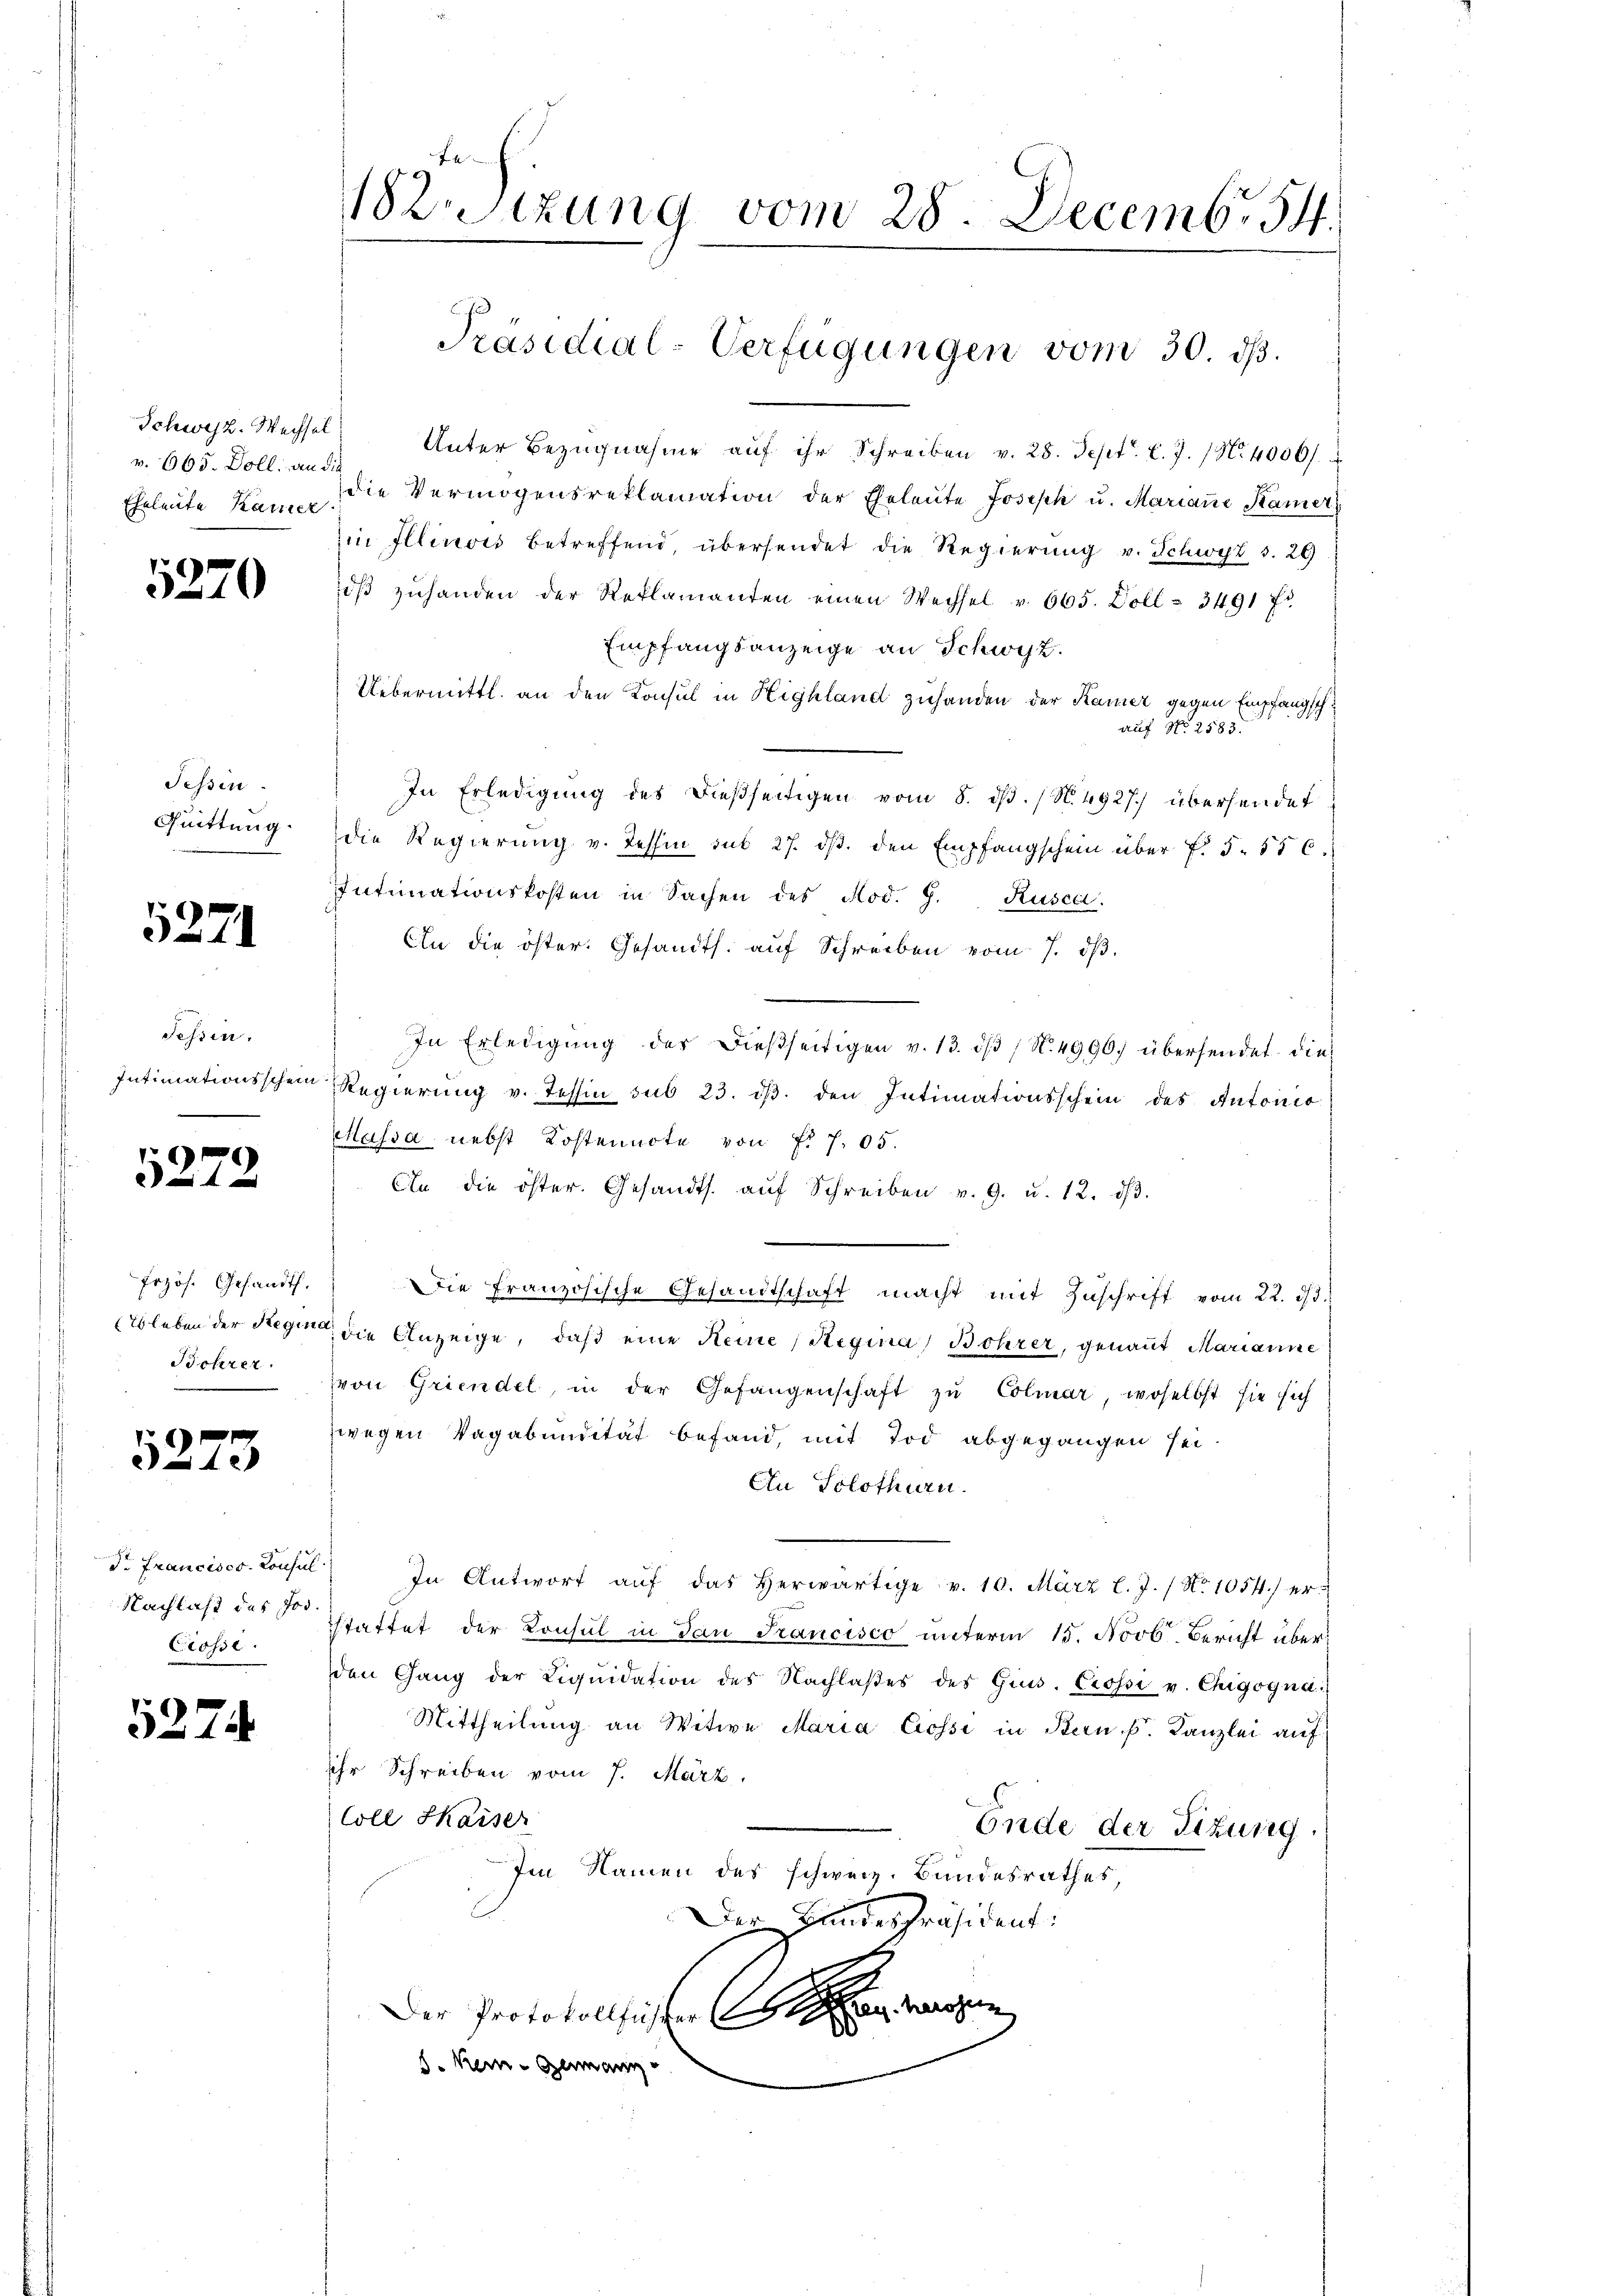
Schwyz. Wechsel
v. 665. Doll an die

5270

Tessin.
Quittung.

5271

Tessin.
e

5272.

Frzös. Gesandth.
Behrer.

5273

Nachlaß des Jos.
Ciosse.

5274

182. Sizung vom 28. Decemb. 54.
Präsidial-Verfügungen vom 30. ds.

Unter Bezŭgnahme aŭf ihr Schreiben v. 28. Sept. l. J. 18. 4000.
Eheleute kam die Vermögensreklamation der Eheleute Joseph u. Marianne Kamer
in Illinois betreffend, übersendet die Regierung v. Schwyz S. 20
iβ zŭhanden der Reklamanten einen Wechsel v. 665. Doll= 3491 fr
Empfangsanzeige an Schwyz.
Uebermittl. an den Konsul in Highland zuhanden der Kamer gegen Empfangsch
auf No 2183.
In Erledigung des dießseitigen vom 8. ds. (N. 4927.) übersendet
die Regierung v. Tessin sub 27. dβ. den Empfangschein über f. 5. 556.
Intimationskosten in Sachen des Nov. 9. Rusca.
An die öster. Gesandts. aŭf Schreiben vom 7. dβ.
In Erledigung der dießseitigen v. 13. dβ / N. 4990. übersendet die
Intimationsschein Regierŭng v. Tessin sub 23. dβ. den Intimationsschein des Antonio
Massa nebst Kostennote von f. 705.
An die öster. Gesandts. aŭf Schreiben v. 9. u. 12. dβ.
Die französische Gesandtschaft macht mit Zuschrift vom 22. d.
bleben der Regen die Anzeige, daβ eine Reine (Regina Bohrer, genant Marianne
von Griendel, in der Gefangenschaft zŭ Colmar, woselbst sie sich
zwegen Vagabundität befand, mit Tod abgegangen sei.
An Solothurn.
Dr. Francisco Consul In Antwort aŭf das herwärtige v. 10. März l. J. / No 1054.) er-
stattet der Konsul in dan Francisco unterm 15. Novb. Bericht überden Gang der Liqŭidation des Nachlaβes des Gins. Crosse v. Chigogna
Mittheilung an Witwe Maria Crosse in Bern k. Kanzlei auf
Ihr Schreiben vom 7. März.
Coll Kaiser
Ende der Sitzung.
Im Namen des schweiz. Bundesrathes
Der Handespräsident:
Der Protokollscher eine wegen
d
8. Kein Germann